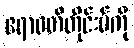
ဧရာဝတီတိုင်းမ်ကို